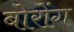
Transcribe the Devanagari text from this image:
बोरोंग